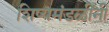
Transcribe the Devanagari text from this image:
शिष्यमंडळींनी